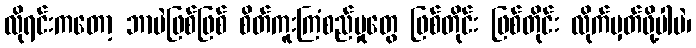
လိုရင်းကတော့ ဘာပဲဖြစ်ဖြစ် စိတ်ကူးကြံစည်မှုတွေ ဖြစ်တိုင်း ဖြစ်တိုင်း လိုက်မှတ်ဖို့ပါပဲ၊